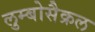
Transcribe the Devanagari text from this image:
लुम्बोसैक्रल